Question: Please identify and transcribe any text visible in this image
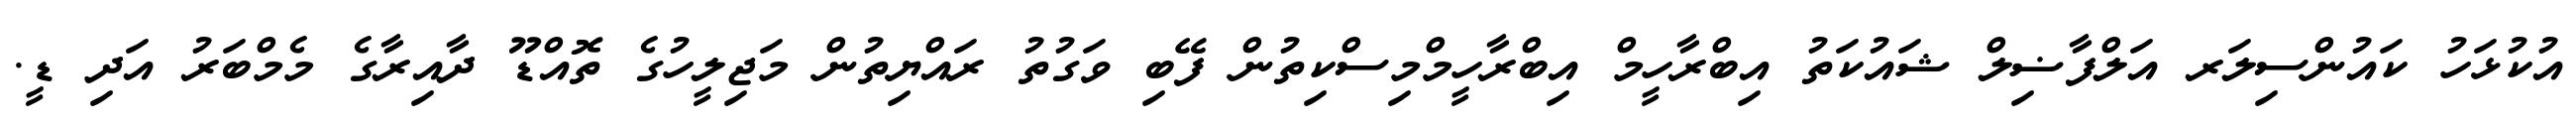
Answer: އުކުޅަހު ކައުންސިލަރ އަލްފާޟިލް ޝައުކަތު އިބްރާހީމް އިބްރާހީމްމިސްކިތުން ފޭބި ވަގުތު ރައްޔިތުން މަޖިލީހުގެ ތޮއްޑޫ ދާއިރާގެ މެމްބަރު އަދި ޑީ.